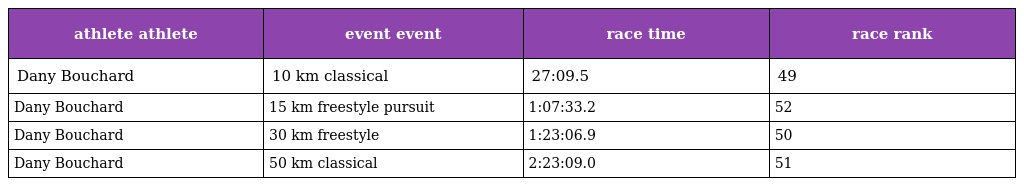
| athlete athlete | event event | race time | race rank |
 | --- | --- | --- | --- |
 | Dany Bouchard | 10 km classical | 27:09.5 | 49 |
 | Dany Bouchard | 15 km freestyle pursuit | 1:07:33.2 | 52 |
 | Dany Bouchard | 30 km freestyle | 1:23:06.9 | 50 |
 | Dany Bouchard | 50 km classical | 2:23:09.0 | 51 |